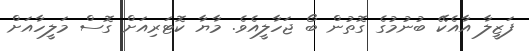
ފަޒީލާ އާއެކޭ ބުނުމުގެ ގޮތުން ބޯ ޖަހާލީއެވެ. މާޔާ ކޮޓަރިއަށް ގޮސް މަލީހާއަށް